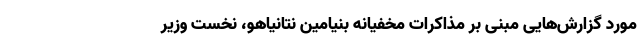
مورد گزارش‌هایی مبنی بر مذاکرات مخفیانه بنیامین نتانیاهو، نخست وزیر